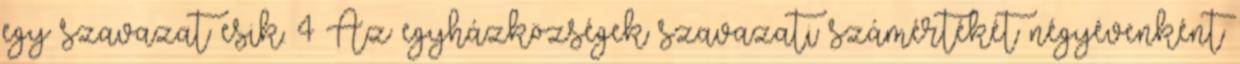
egy szavazat esik. 4 Az egyházközségek szavazati számértékét négyévenként